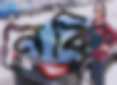
নেকি